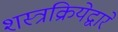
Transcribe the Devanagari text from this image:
शस्त्रक्रियेद्वारे